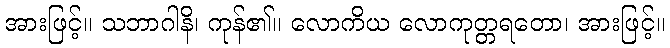
အားဖြင့်။ သဘာဂါနိ၊ ကုန်၏။ လောကိယ လောကုတ္တရတော၊ အားဖြင့်။